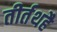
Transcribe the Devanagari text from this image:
तीर्तथहै